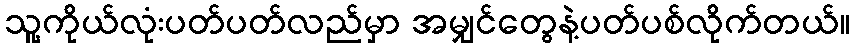
သူ့ကိုယ်လုံးပတ်ပတ်လည်မှာ အမျှင်တွေနဲ့ပတ်ပစ်လိုက်တယ်။